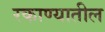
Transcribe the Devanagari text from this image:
रकाण्यातील